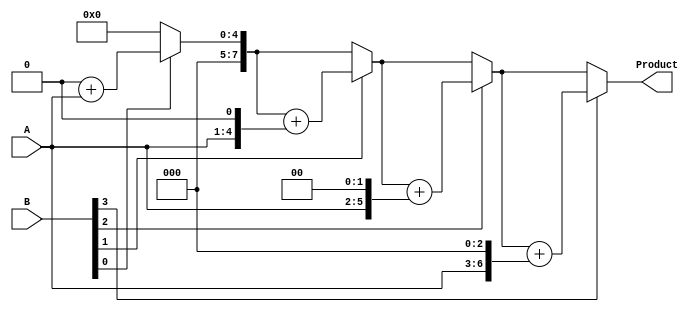
module Shift_Add_Multi (
  input wire [3:0] A,
  input wire [3:0] B,
  output wire [7:0] Product
);

  reg [7:0] partial_product;
  reg [3:0] i;

  always @(A or B) begin
    partial_product = 8'b00000000;

    for (i = 0; i < 4; i = i + 1) begin
      if (B[i] == 1)
        partial_product = partial_product + (A << i);
    end
  end

  assign Product = partial_product;

endmodule